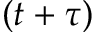
( t + \tau )